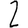
Digit: 2